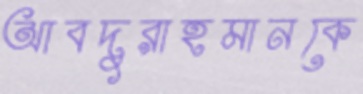
আবদুরাহমানকে